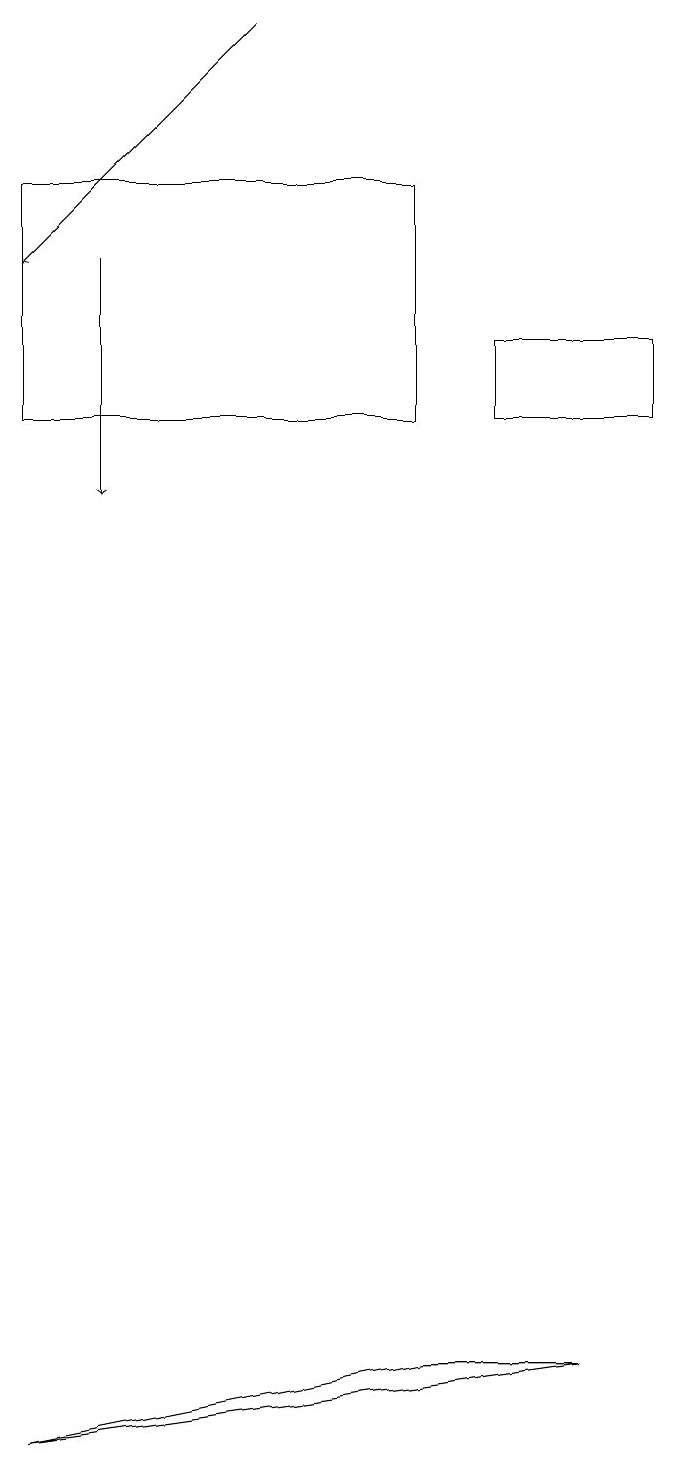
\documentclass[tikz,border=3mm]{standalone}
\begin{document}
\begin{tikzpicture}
\draw[->] (2,15) -- (2,12);
\draw (9,13) rectangle (7,14);
\draw (6,1) -- (8,1) -- (1,0) -- cycle;
\draw[->] (4,18) -- (1,15);
\draw (6,16) rectangle (1,13);
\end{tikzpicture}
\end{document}